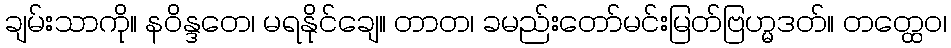
ချမ်းသာကို။ နဝိန္ဒတေ၊ မရနိုင်ချေ။ တာတ၊ ခမည်းတော်မင်းမြတ်ဗြဟ္မဒတ်။ တတ္ထေဝ၊